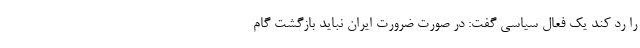
را رد کند یک فعال سیاسی گفت: در صورت ضرورت ایران نباید بازگشت گام